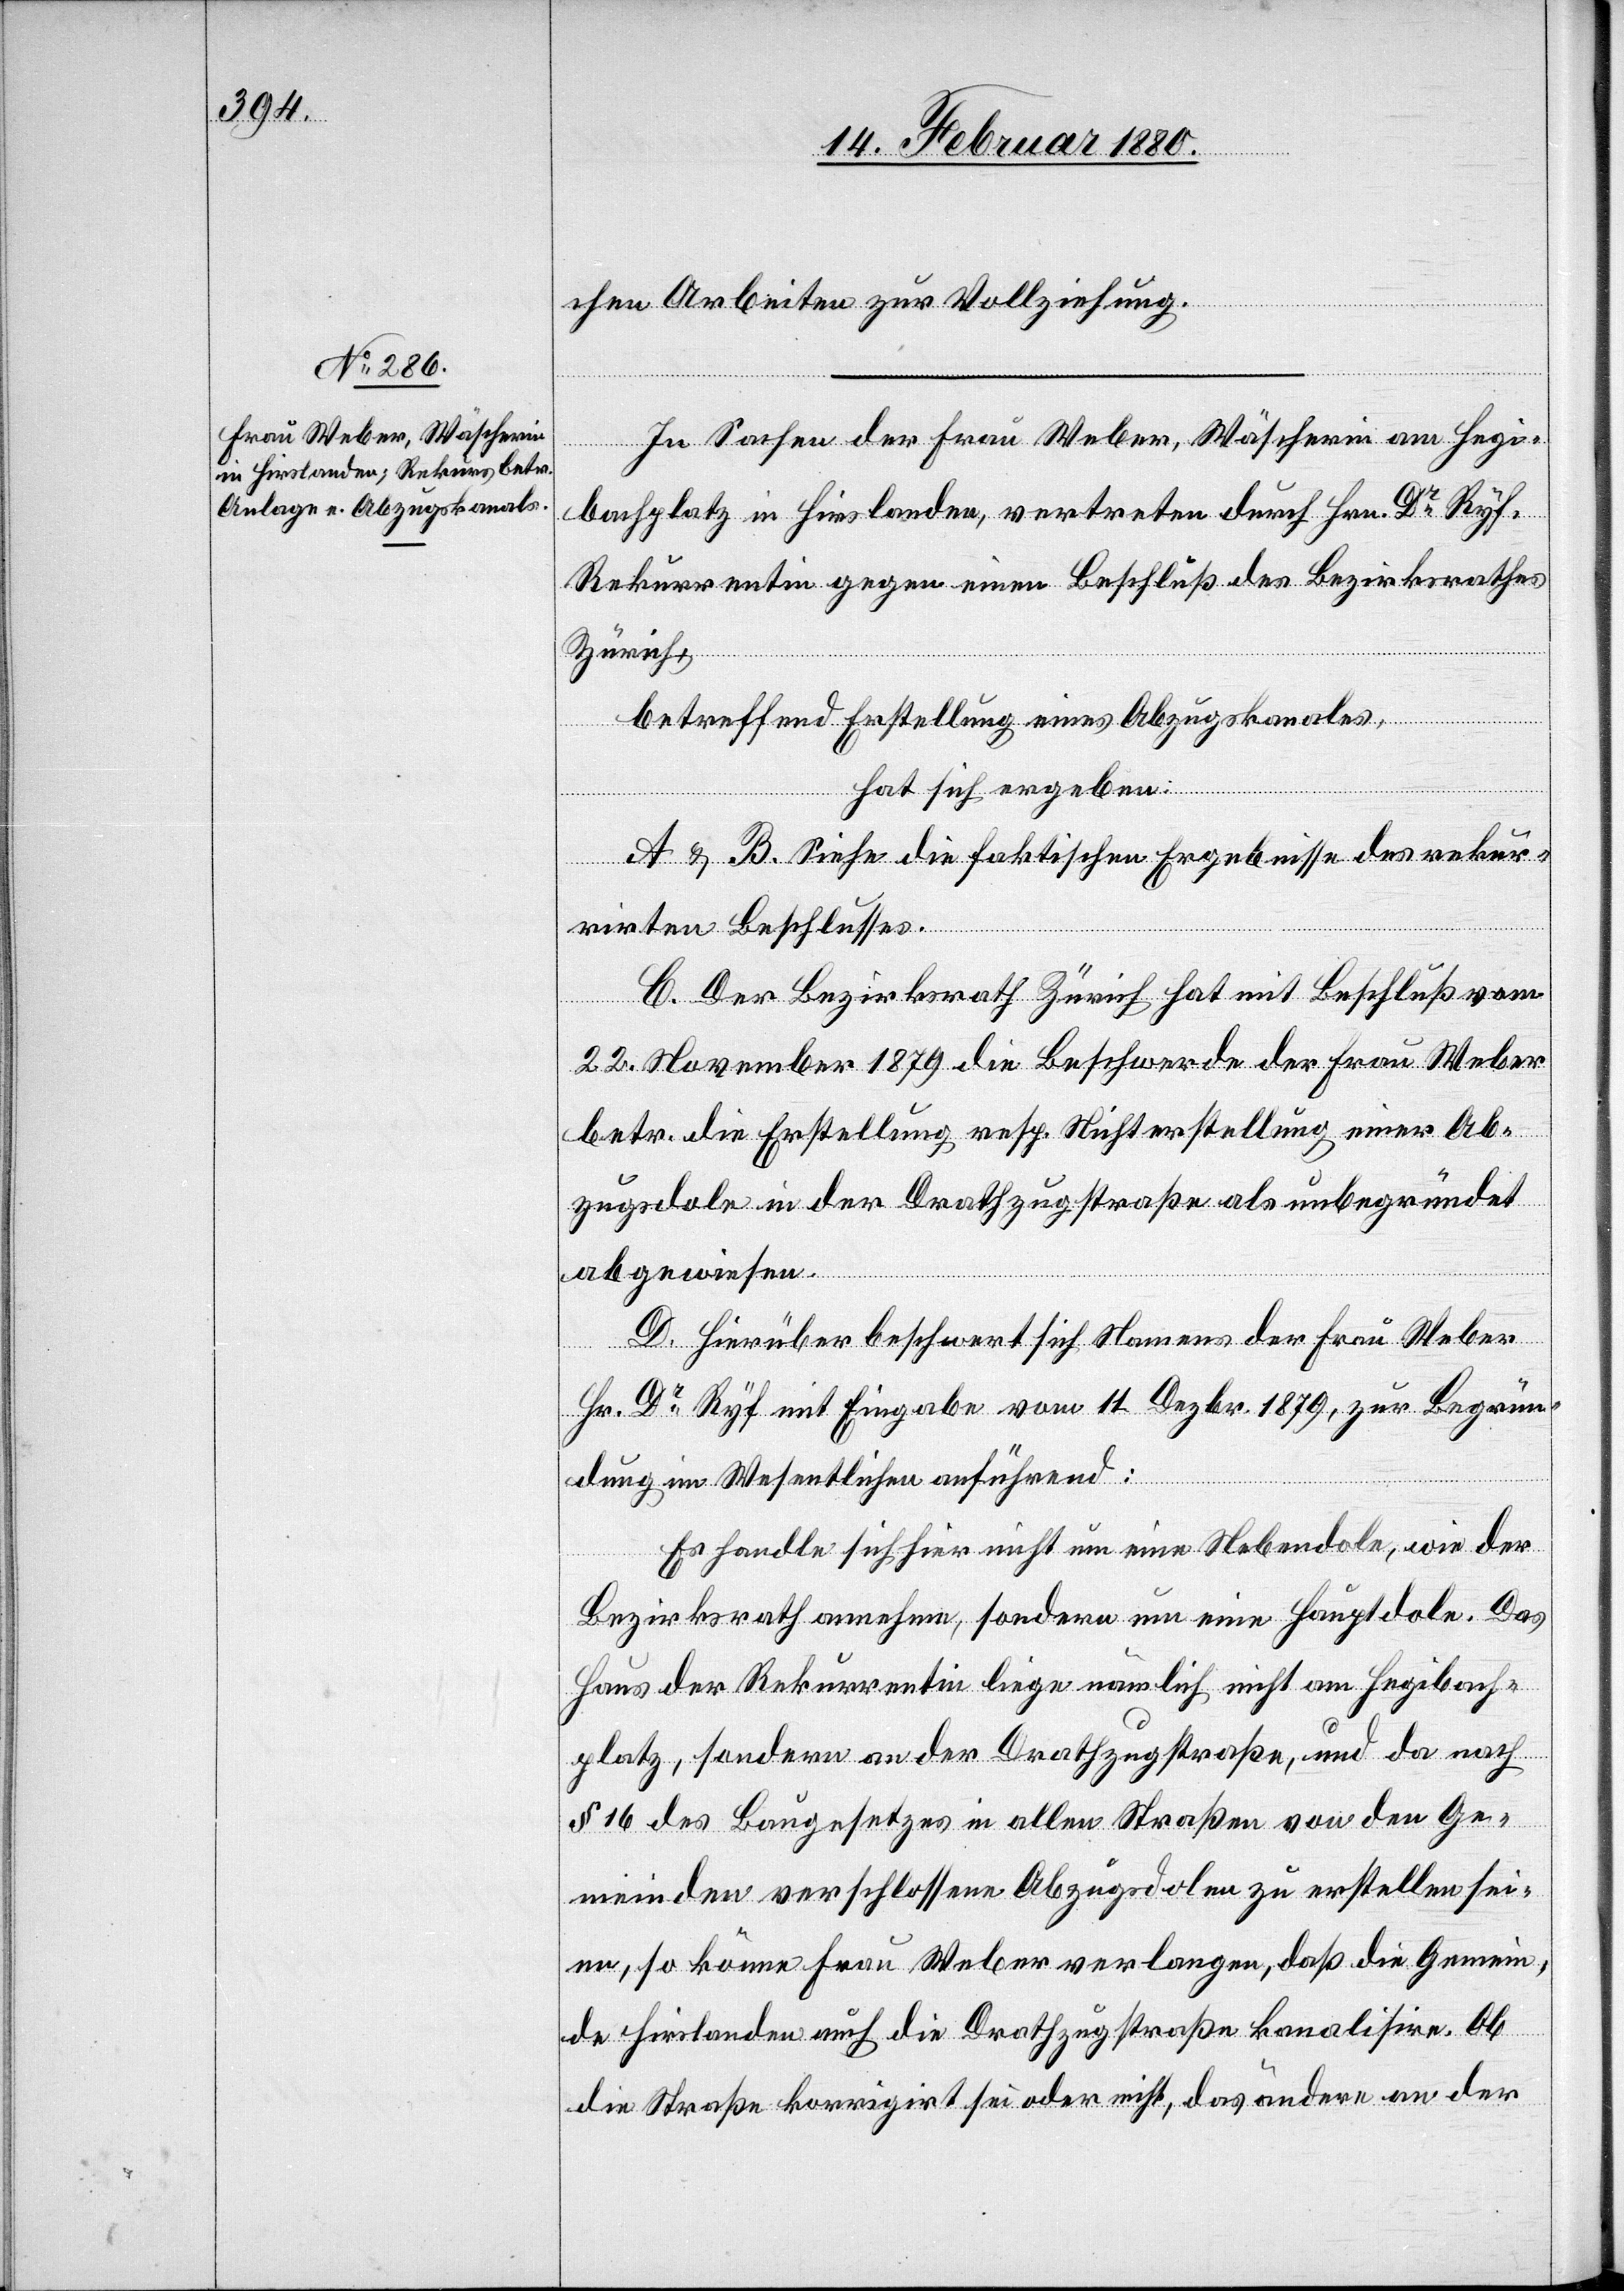
chen Arbeiten zur Vollziehung.
In Sachen der Frau Weber, Wäscherei am Hegi¬
bachplatz in Hirslanden, vertreten durch Hrn. Dr Ryf,
Rekurrentin gegen einen Beschluß des Bezirksrathes
Zürich,
betreffend Erstellung eines Abzugskanales,
hat sich ergeben:
A & B. Siehe die faktischen Ergebnisse des rekur¬
rirten Beschlusses.
C. Der Bezirksrath Zürich hat mit Beschluß vom
22. November 1879 die Beschwerde der Frau Weber
betr. die Erstellung resp. Nichterstellung einer Ab¬
zugsdole in der Drathzugstraße als unbegründet
abgewiesen.
D. Hierüber beschwert sich Namens der Frau Weber
Hr. Dr Ryf mit Eingabe vom 11. Dezbr. 1879, zur Begrün¬
dung im Wesentlichen anführend:
Es handle sich hier nicht um eine Nebendole, wie der
Bezirksrath annehme, sondern um eine Hauptdole. Das
Haus der Rekurrentin liege nämlich nicht am Hegibach¬
platz, sondern an der Drathzugstraße, und da nach
§ 16 des Baugesetzes in allen Straßen von den Ge¬
meinden verschlossene Abzugsdolen zu erstellen sei¬
en, so könne Frau Weber verlangen, daß die Gemein¬
de Hirslanden auch die Drathzugstraße kanalisire. Ob
die Straße korrigirt sei oder nicht, das ändere an der